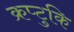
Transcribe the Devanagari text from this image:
क्रप्टुकि